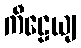
ကီဠေယျ